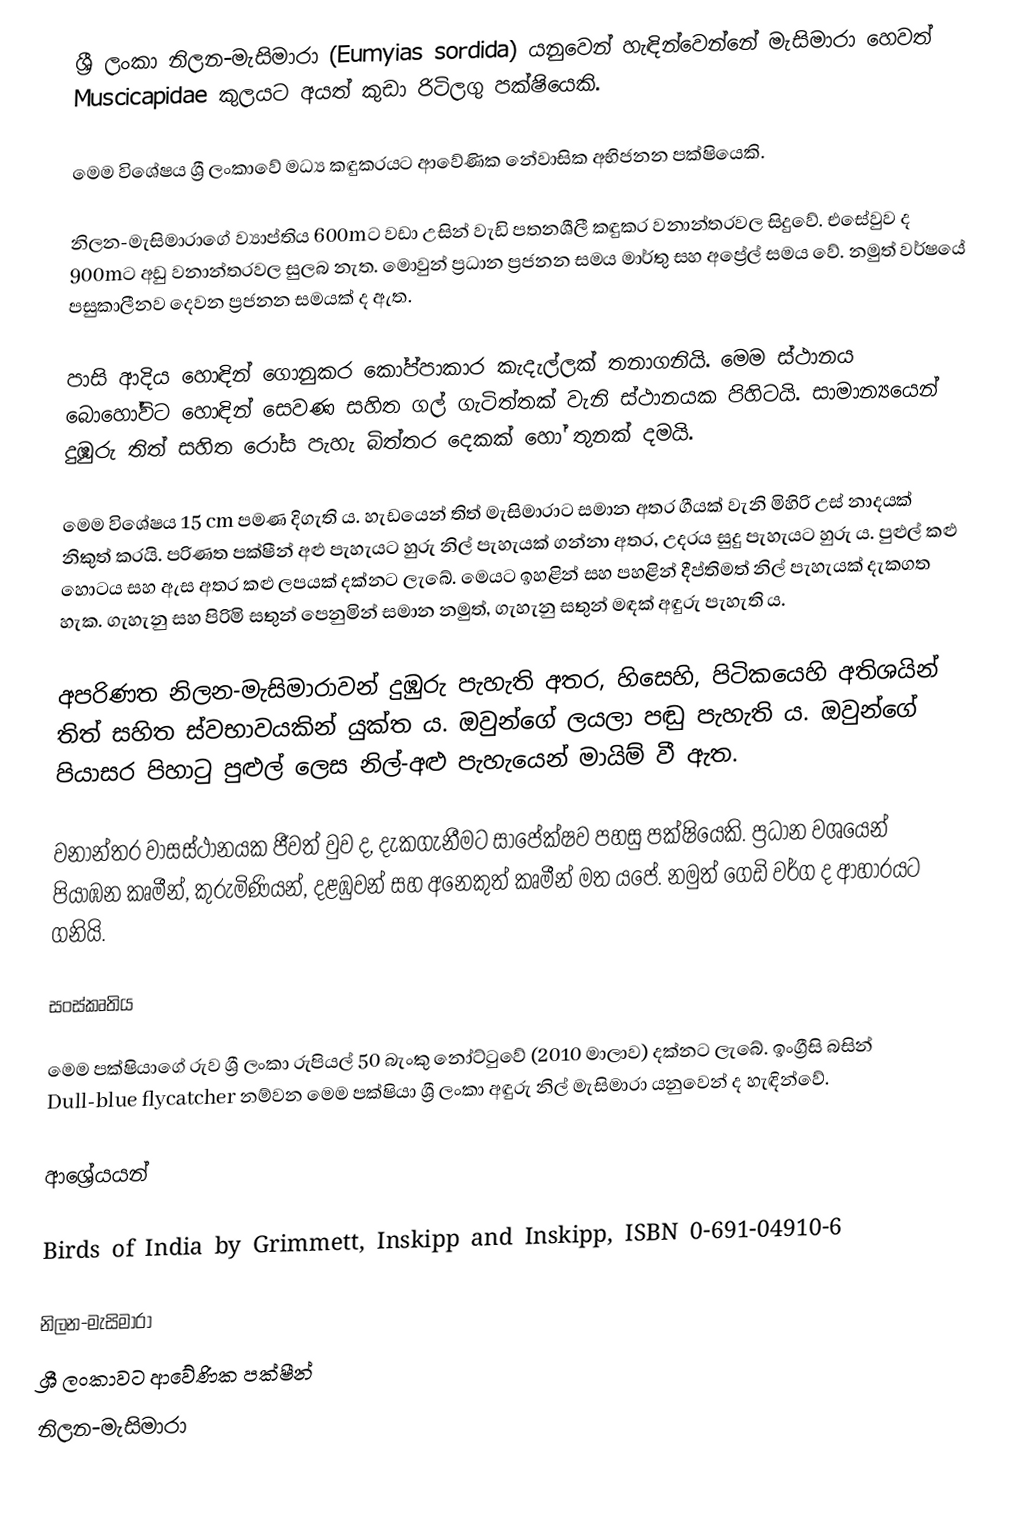
ශ්‍රී ලංකා නිලන-මැසිමාරා (Eumyias sordida) යනුවෙන් හැඳින්වෙන්නේ මැසිමාරා හෙවත් Muscicapidae කුලයට අයත් කුඩා රිටිලගු පක්ෂියෙකි.

මෙම විශේෂය ශ්‍රී ලංකාවේ මධ්‍ය කඳුකරය‍ට ආවේණික නේවාසික අභිජනන පක්ෂියෙකි.

නිලන-මැසිමාරාගේ ව්‍යාප්තිය 600mට වඩා උසින් වැඩි පතනශීලී කඳුකර වනාන්තරවල සිදුවේ. එසේවුව ද 900mට අඩු වනාන්තරවල සුලබ නැත. මොවුන් ප්‍රධාන ප්‍රජනන සමය මාර්තු සහ අප්‍රේල් සමය වේ. නමුත් වර්ෂයේ පසුකාලීනව දෙවන ප්‍රජනන සමයක් ද ඇත.

පාසි ආදිය හොඳින් ගොනුකර කෝප්පාකාර කැදැල්ලක් තනාගනියි. මෙම ස්ථානය බොහෝවිට හොඳින් සෙවණ සහිත ගල් ගැටිත්තක් වැනි ස්ථානයක පිහිටයි.  සාමාන්‍යයෙන් දුඹුරු තිත් සහිත රෝස පැහැ බිත්තර දෙකක් හෝ තුනක් දමයි.

මෙම විශේෂය 15 cm පමණ දිගැති ය. හැඩයෙන් තිත් මැසිමාරාට සමාන අතර ගීයක් වැනි මිහිරි උස් නාදයක් නිකුත් කරයි. පරිණත පක්ෂීන් අළු පැහැයට හුරු නිල් පැහැයක් ගන්නා අතර, උදරය සුදු පැහැයට හුරු ය. පුළුල් කළු හොටය සහ ඇස අතර කළු ලපයක් දක්නට ලැබේ. මෙයට ඉහළින් සහ පහළින් දීප්තිමත් නිල් පැහැයක් දැකගත හැක. ගැහැනු සහ පිරිමි සතුන් පෙනුමින් සමාන නමුත්, ගැහැනු සතුන් මඳක් අඳුරු පැහැති ය.

අපරිණත නිලන-මැසිමාරාවන් දුඹුරු පැහැති අතර, හිසෙහි, පිටිකයෙහි අතිශයින් තිත් සහිත ස්වභාවයකින් යුක්ත ය. ඔවුන්ගේ ලයලා පඬු පැහැති ය. ඔවුන්ගේ පියාසර පිහාටු පුළුල් ලෙස නිල්-අළු පැහැයෙන් මායිම් වී ඇත.

වනාන්තර වාසස්ථානයක ජීවත් වුව ද, දැකගැනීමට සාපේක්ෂව පහසු පක්ෂියෙකි. ප්‍රධාන වශයෙන් පියාඹන කෘමීන්, කුරුමිණියන්, දළඹුවන් සහ අනෙකුත් කෘමීන් මත යපේ. නමුත් ගෙඩි වර්ග ද ආහාරයට ගනියි.

සංස්කෘතිය

මෙම පක්ෂියාගේ රුව ශ්‍රී ලංකා රුපියල් 50 බැංකු නෝට්ටුවේ (2010 මාලාව) දක්නට ලැබේ. ඉංග්‍රීසි බසින් Dull-blue flycatcher  නම්වන මෙම පක්ෂියා ශ්‍රී ලංකා අඳුරු නිල් මැසිමාරා යනුවෙන් ද හැඳින්වේ.

ආශ්‍රේයයන්

 Birds of India by Grimmett, Inskipp and Inskipp, ISBN 0-691-04910-6

නිලන-මැසිමාරා
ශ්‍රී ලංකාවට ආවේණික පක්ෂීන්
නිලන-මැසිමාරා